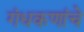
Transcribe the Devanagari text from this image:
गंधकणांचे